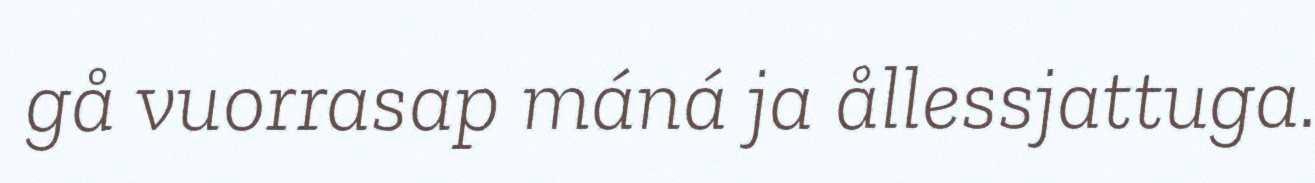
gå vuorrasap máná ja ållessjattuga.